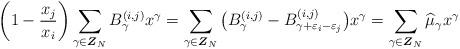
LaTeX: \begin{gather*}\left( 1-\frac{x_{j}}{x_{i}}\right) \sum_{\gamma\in\boldsymbol{Z}_{N}}B_{\gamma}^{(i,j) }x^{\gamma}=\sum_{\gamma\in\boldsymbol{Z}_{N}}\big( B_{\gamma}^{(i,j) }-B_{\gamma+\varepsilon_{i}-\varepsilon_{j}}^{(i,j) }\big) x^{\gamma}=\sum_{\gamma\in\boldsymbol{Z}_{N}}\widehat{\mu}_{\gamma}x^{\gamma}\end{gather*}